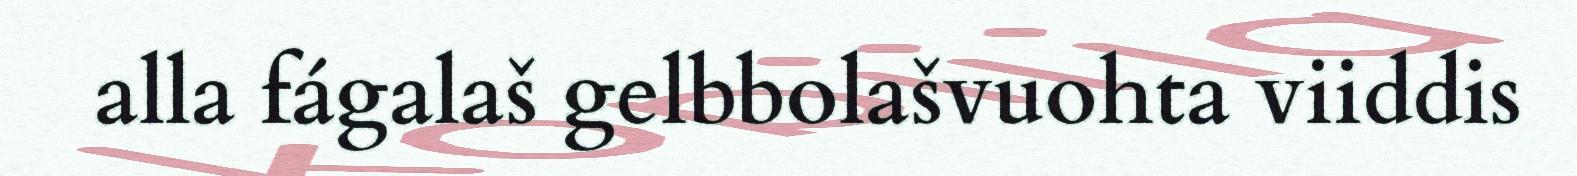
alla fágalaš gelbbolašvuohta viiddis